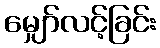
မျှော်လင့်ခြင်း